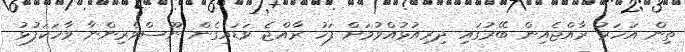
ތިން އަހަރު ރާއްޖެއިން ބޭރުގައި ދިރިއުޅުއްވުމަށް ފަހު ރާއްޖެ ވަޑައިގެން ނޫސްވެރިންނާ ވާހަކަފުޅު